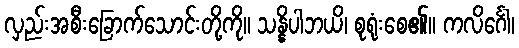
လှည်းအစီးခြောက်သောင်းတို့ကို။ သန္နိပါဘယိ၊ စုရုံးစေ၏။ ကလိင်္ဂေါ၊